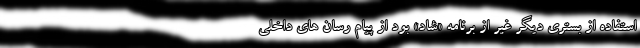
استفاده از بستری دیگر غیر از برنامه «شاد» بود از پیام رسان های داخلی